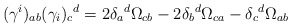
\begin{align*}(\gamma^i)_{ a b }(\gamma_i)_{c}{}^{d}= 2\delta_{ a }{}^{d}\Omega_{c b }-2\delta_{ b }{}^{d}\Omega_{c a }-\delta_{c}{}^{d}\Omega_{ a b }\end{align*}